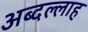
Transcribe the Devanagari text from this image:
अब्दल्लाह